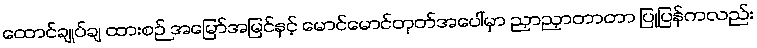
ထောင်ချုပ်ချ ထားစဉ် အမြော်အမြင်နှင့် မောင်မောင်တုတ်အပေါ်မှာ ညှာညှာတာတာ ပြုပြန်ကလည်း